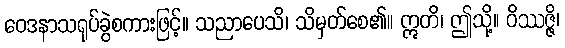
ဝေဒနာသရုပ်ခွဲစကားဖြင့်။ သညာပေသိ၊ သိမှတ်စေ၏။ ဣတိ၊ ဤသို့။ ဝိဿဇ္ဇိ၊